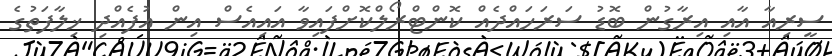
ސީރިއާ އާއި އިރާގުން ބޮޑު ސަރަހައްދެއް ކޮންޓްރޯލްކޮށްފައިވާ އައިއެސް އިން އުފެއްދި ޚިލާފަތުގެ